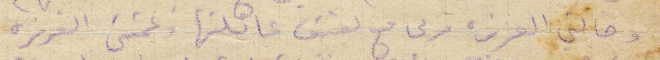
وخالتي العزيزة مرتى مع لفيف عائلتها وعمتي العزيزة